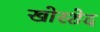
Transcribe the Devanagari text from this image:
खोरशेद